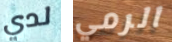
لدي الرمي